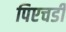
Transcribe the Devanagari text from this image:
पिएचडी